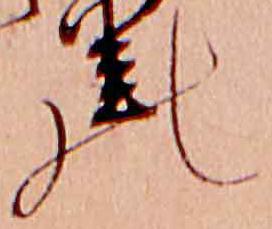
の